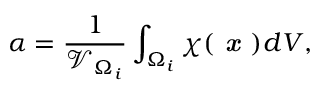
\alpha = \frac { 1 } { \mathcal { V } _ { \Omega _ { i } } } \int _ { \Omega _ { i } } \chi ( \textbf { \em x } ) d V ,